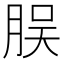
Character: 脵